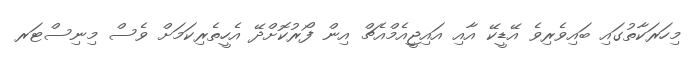
މިހަރަކާތުގައި ބައިވެރިވެ އޭޑީކޭ އާއި އައިޖީއެމްއެޗް އިން ފޯރުކޮށްދޭ އެހީތެރިކަމަށް ވެސް މިނިސްޓަރ